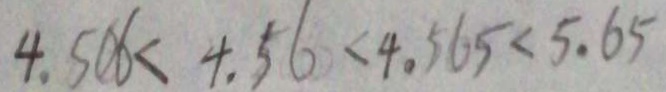
4 . 5 0 6 < 4 . 5 6 < 4 . 5 6 5 < 5 . 6 5